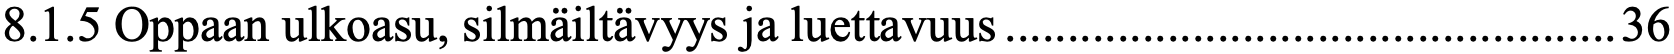
8.1.5 Oppaan ulkoasu, silmäiltävyys ja luettavuus ................................................. 36